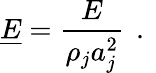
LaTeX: \underline{{E}}=\frac{E}{\rho_{j}a_{j}^{2}}\, \mathrm{~.~}